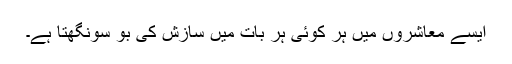
ایسے معاشروں میں ہر کوئی ہر بات میں سازش کی بو سونگھتا ہے۔